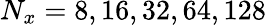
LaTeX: N_{x}=8,16,32,64,128